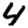
Digit: 4